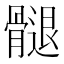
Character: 𮪲